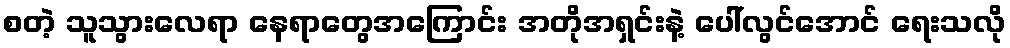
စတဲ့ သူသွားလေရာ နေရာတွေအကြောင်း အတိုအရှင်းနဲ့ ပေါ်လွင်အောင် ရေးသလို